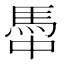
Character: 馽